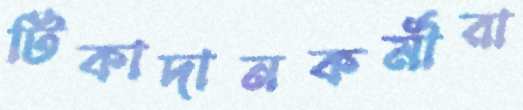
টিকাদানকর্মীরা